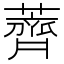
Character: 薺